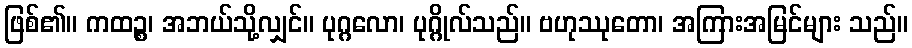
ဖြစ်၏။ ကထဉ္စ၊ အဘယ်သို့လျှင်။ ပုဂ္ဂလော၊ ပုဂ္ဂိုလ်သည်။ ဗဟုဿုတော၊ အကြားအမြင်များ သည်။